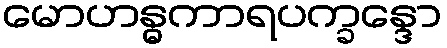
မောဟန္ဓကာရပက္ခန္ဒော